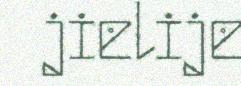
jielije